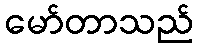
မော်တာသည်